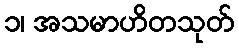
၁၊ အသမာဟိတသုတ်